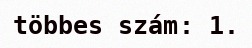
többes szám: 1.